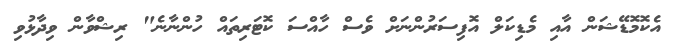
އެކޮމޮޑޭޝަން އާއި މެޑިކަލް އޮފިސަރުންނަށް ވެސް ހާއްސަ ކޮޓަރިތައް ހުންނާނެ" ރިޝްވާން ވިދާޅުވި